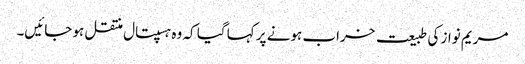
مریم نواز کی طبیعت خراب ہونے پر کہا گیا کہ وہ ہسپتال منتقل ہو جائیں۔